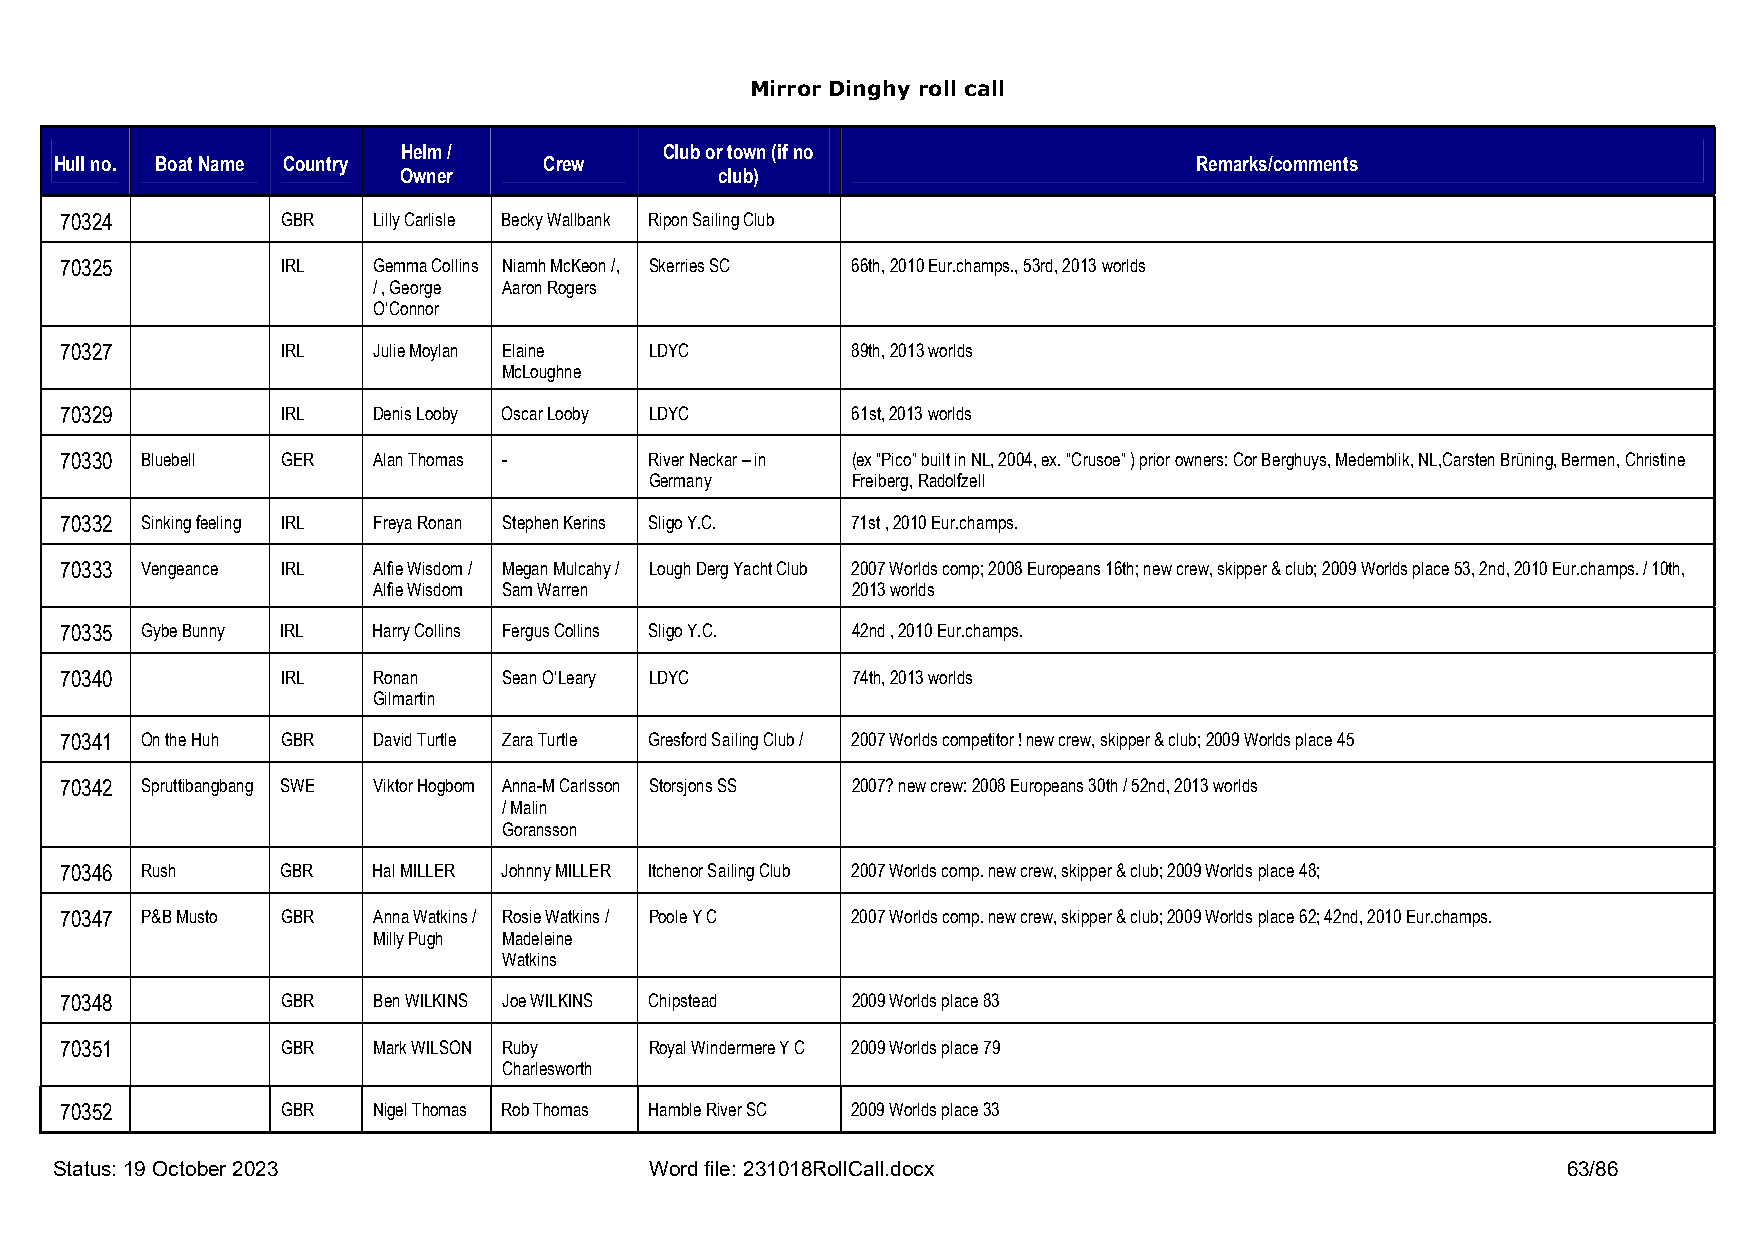
Mirror Dinghy roll call
 Helm /           Club or town (if no
 Hull no. Boat Name Country      Crew                                       Remarks/comments
 Owner                 club)
 70324          GBR   Lilly Carlisle Becky Wallbank Ripon Sailing Club
 70325          IRL   Gemma Collins Niamh McKeon /, Skerries SC 66th, 2010 Eur.champs., 53rd, 2013 worlds
 / , George Aaron Rogers
 O’Connor
 70327          IRL   Julie Moylan Elaine LDYC       89th, 2013 worlds
 McLoughne
 70329          IRL   Denis Looby Oscar Looby LDYC   61st, 2013 worlds
 70330 Bluebell GER   Alan Thomas -     River Neckar – in (ex “Pico” built in NL, 2004, ex. “Crusoe” ) prior owners: Cor Berghuys, Medemblik, NL,Carsten Brüning, Bermen, Christine
 Germany      Freiberg, Radolfzell
 70332 Sinking feeling IRL Freya Ronan Stephen Kerins Sligo Y.C. 71st , 2010 Eur.champs.
 70333 Vengeance IRL  Alfie Wisdom / Megan Mulcahy / Lough Derg Yacht Club 2007 Worlds comp; 2008 Europeans 16th; new crew, skipper & club; 2009 Worlds place 53, 2nd, 2010 Eur.champs. / 10th,
 Alfie Wisdom Sam Warren        2013 worlds
 70335 Gybe Bunny IRL Harry Collins Fergus Collins Sligo Y.C. 42nd , 2010 Eur.champs.
 70340          IRL   Ronan   Sean O’Leary LDYC      74th, 2013 worlds
 Gilmartin
 70341 On the Huh GBR David Turtle Zara Turtle Gresford Sailing Club / 2007 Worlds competitor ! new crew, skipper & club; 2009 Worlds place 45
 70342 Spruttibangbang SWE Viktor Hogbom Anna-M Carlsson Storsjons SS 2007? new crew: 2008 Europeans 30th / 52nd, 2013 worlds
 / Malin
 Goransson
 70346 Rush     GBR   Hal MILLER Johnny MILLER Itchenor Sailing Club 2007 Worlds comp. new crew, skipper & club; 2009 Worlds place 48;
 70347 P&B Musto GBR  Anna Watkins / Rosie Watkins / Poole Y C 2007 Worlds comp. new crew, skipper & club; 2009 Worlds place 62; 42nd, 2010 Eur.champs.
 Milly Pugh Madeleine
 Watkins
 70348          GBR   Ben WILKINS Joe WILKINS Chipstead 2009 Worlds place 83
 70351          GBR   Mark WILSON Ruby  Royal Windermere Y C 2009 Worlds place 79
 Charlesworth
 70352          GBR   Nigel Thomas Rob Thomas Hamble River SC 2009 Worlds place 33
 Status: 19 October 2023                Word file: 231018RollCall.docx                               63/86